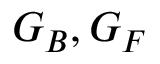
{ \cal G } _ { B } , { \cal G } _ { F }